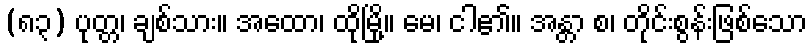
(၈၃) ပုတ္တ၊ ချစ်သား။ အထော၊ ထိုမြို့။ မေ၊ ငါ၏။ အန္တာ စ၊ တိုင်းစွန်းဖြစ်သော